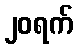
၂၀ရက်